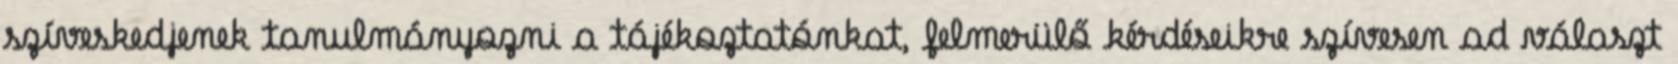
szíveskedjenek tanulmányozni a tájékoztatónkat, felmerülő kérdéseikre szívesen ad választ